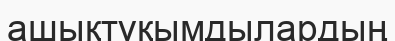
ашықтұқымдылардың